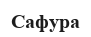
Сафура